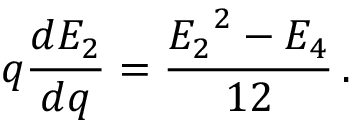
q \frac { d E _ { 2 } } { d q } = \frac { { E _ { 2 } } ^ { 2 } - E _ { 4 } } { 1 2 } \, .